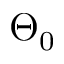
\Theta _ { 0 }